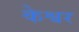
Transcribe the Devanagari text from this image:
केश्वर